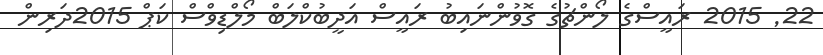
22